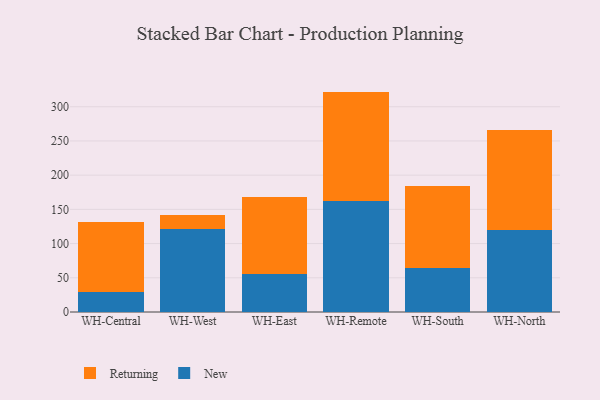
{"axis": {"x": "Warehouse", "y": "Market Share (%)"}, "legend": ["New", "Returning"], "data": [{"x": "WH-Central", "y": 28.9, "type": "New"}, {"x": "WH-Central", "y": 102.9, "type": "Returning"}, {"x": "WH-West", "y": 122.0, "type": "New"}, {"x": "WH-West", "y": 20.3, "type": "Returning"}, {"x": "WH-East", "y": 55.0, "type": "New"}, {"x": "WH-East", "y": 112.5, "type": "Returning"}, {"x": "WH-Remote", "y": 162.0, "type": "New"}, {"x": "WH-Remote", "y": 160.1, "type": "Returning"}, {"x": "WH-South", "y": 64.3, "type": "New"}, {"x": "WH-South", "y": 119.2, "type": "Returning"}, {"x": "WH-North", "y": 120.4, "type": "New"}, {"x": "WH-North", "y": 145.6, "type": "Returning"}]}